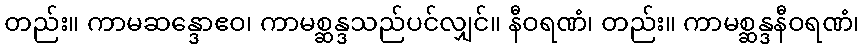
တည်း။ ကာမဆန္ဒောဧဝ၊ ကာမစ္ဆန္ဒသည်ပင်လျှင်။ နီဝရဏံ၊ တည်း။ ကာမစ္ဆန္ဒနီဝရဏံ၊